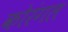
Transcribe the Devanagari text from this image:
कोरंगल